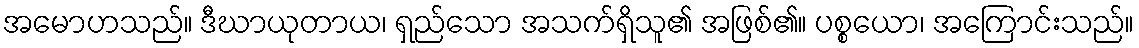
အမောဟသည်။ ဒီဃာယုတာယ၊ ရှည်သော အသက်ရှိသူ၏ အဖြစ်၏။ ပစ္စယော၊ အကြောင်းသည်။